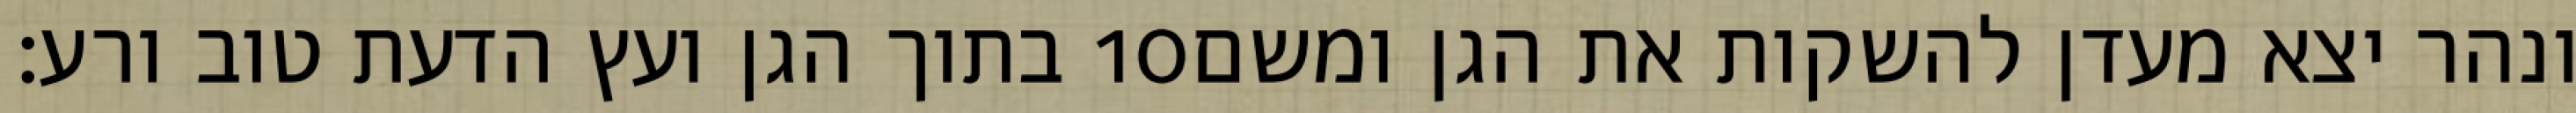
בתוך הגן ועץ הדעת טוב ורע׃ ‎10‏ ונהר יצא מעדן להשקות את הגן ומשם